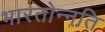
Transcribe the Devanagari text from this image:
भारतोन्नति